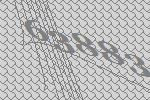
63883